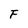
Character: F